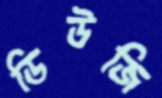
ডিউজি